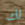
لك